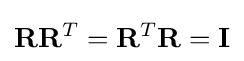
\mathbf {R} \mathbf {R} ^{T}=\mathbf {R} ^{T}\mathbf {R} =\mathbf {I} \,\!